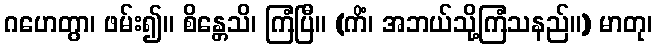
ဂဟေတွာ၊ ဖမ်း၍။ စိန္တေသိ၊ ကြံပြီ။ (ကိံ၊ အဘယ်သို့ကြံသနည်။) မာတု၊